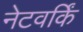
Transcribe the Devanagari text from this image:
नेटवर्किं